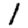
Digit: 1